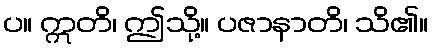
ပ။ ဣတိ၊ ဤသို့။ ပဇာနာတိ၊ သိ၏။